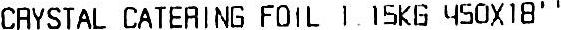
CRYSTAL CATERING FOIL 1.15KG 450X18''